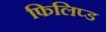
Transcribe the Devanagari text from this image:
फिलिप्ड